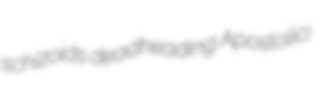
schizoids deadheading Apostolici